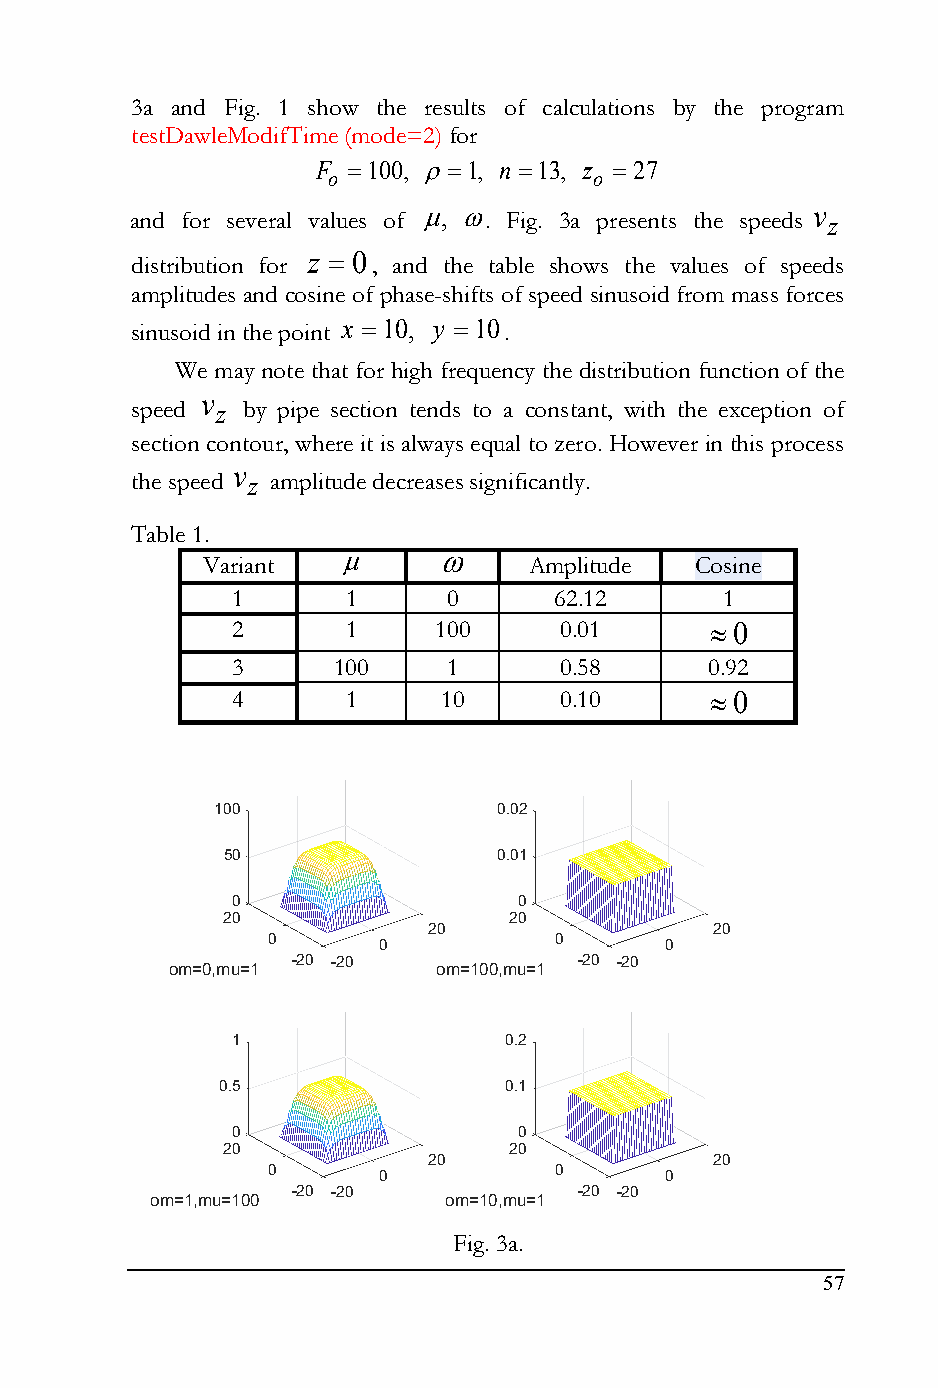
3а and Fig. 1 show the results of calculations by the program
 testDawleModifTime (mode=2) for
 F 100, 1, n 13, z  27
 o                o
 and for several values of ,  . Fig. 3а presents the speeds v z
 distribution for z  0, and the table shows the values of speeds
 amplitudes and cosine of phase-shifts of speed sinusoid from mass forces
 sinusoid in the point x 10, y 10.
 We may note that for high frequency the distribution function of the
 v
 speed z by pipe section tends to a constant, with the exception of
 section contour, where it is always equal to zero. However in this process
 v
 the speed z amplitude decreases significantly.
 Table 1.
      
 Variant               Amplitude  Сosine
 1       1      0      62.12      1
 2       1     100     0.01       0
 3      100     1      0.58      0.92
 4       1     10      0.10       0
 100                0.02
 50                0.01
 0                  0
 20                 20
 20                 20
 0                  0
 0                  0
 -20 -20            -20 -20
 om=0,mu=1         om=100,mu=1
 1                 0.2
 0.5                0.1
 0                  0
 20                 20
 20                 20
 0                  0
 0                  0
 -20 -20            -20 -20
 om=1,mu=100        om=10,mu=1
 Fig. 3а.
 57